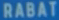
RABAT